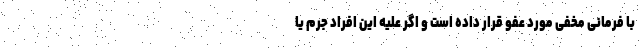
با فرمانی مخفی مورد عفو قرار داده است و اگر علیه این افراد جرم یا